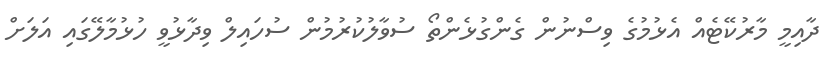
ދާއިމީ މާރުކޭޓެއް އެޅުމުގެ ވިސްނުން ގެންގުޅެންތޯ ސުވާލުކުރުމުން ސުހައިލް ވިދާޅުވީ ހުޅުމާލޭގައި އަލަށް